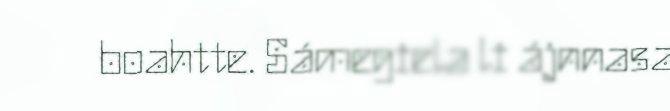
boahtte. Sámegiela li ájnnasa